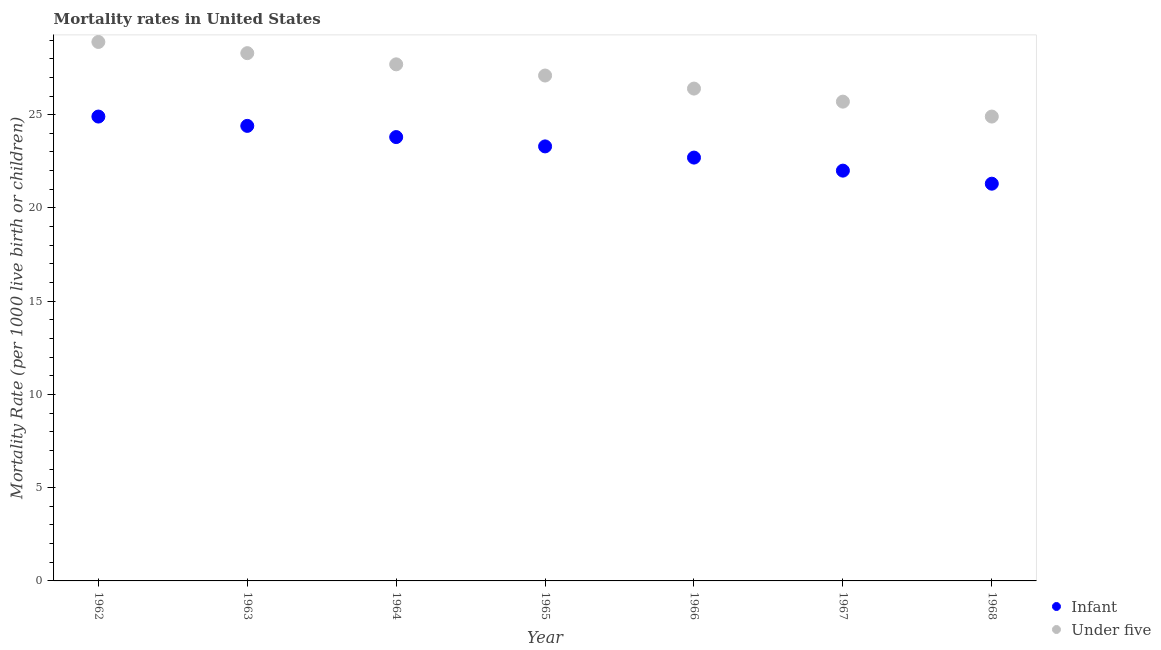
| Year | Infant | Under five |
 | --- | --- | --- |
 | 1962 | 24.9 | 28.9 |
 | 1963 | 24.4 | 28.3 |
 | 1964 | 23.8 | 27.7 |
 | 1965 | 23.3 | 27.1 |
 | 1966 | 22.7 | 26.4 |
 | 1967 | 22 | 25.7 |
 | 1968 | 21.3 | 24.9 |